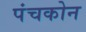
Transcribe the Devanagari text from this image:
पंचकोन